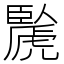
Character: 䖙